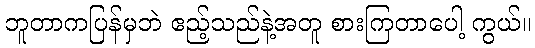
ဘူတာကပြန်မှဘဲ ဧည့်သည်နဲ့အတူ စားကြတာပေါ့ ကွယ်။